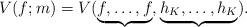
LaTeX: \begin{align*}V(f; m) = V(\underbrace{f,\ldots,f}_{},\underbrace{h_K,\ldots,h_K}_{}). \end{align*}